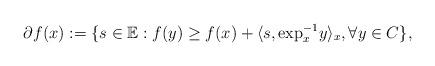
LaTeX: \begin{align*}\partial f(x):=\{s\in\mathbb{E}:f(y)\geq f(x)+\langle s,{\rm exp}^{-1}_xy \rangle_{x},\forall y\in C\}, \end{align*}